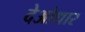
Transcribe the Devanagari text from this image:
देओधार